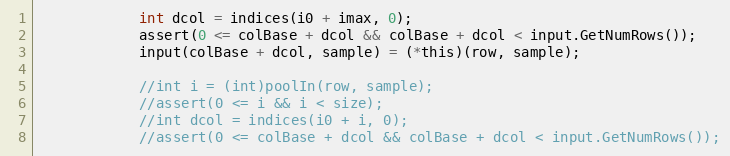
Language: C
            int dcol = indices(i0 + imax, 0);
            assert(0 <= colBase + dcol && colBase + dcol < input.GetNumRows());
            input(colBase + dcol, sample) = (*this)(row, sample);

            //int i = (int)poolIn(row, sample);
            //assert(0 <= i && i < size);
            //int dcol = indices(i0 + i, 0);
            //assert(0 <= colBase + dcol && colBase + dcol < input.GetNumRows());